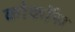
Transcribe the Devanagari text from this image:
कोकॉस